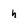
Character: h